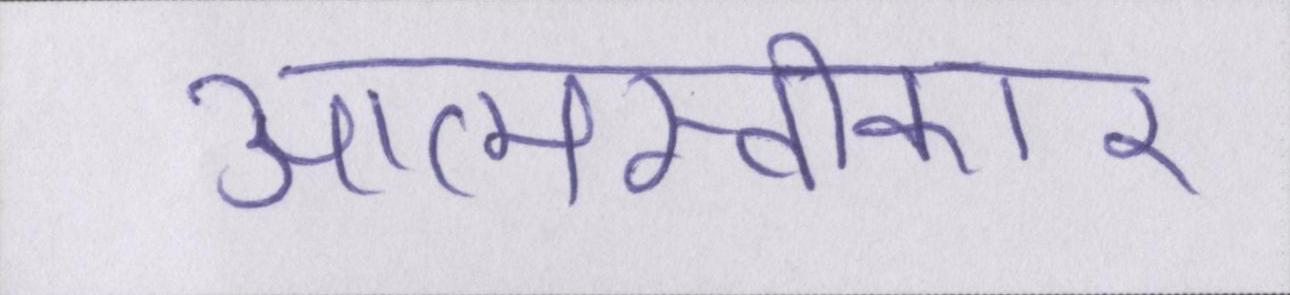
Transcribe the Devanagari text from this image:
आत्मस्वीकार